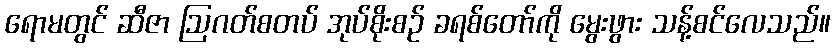
ရောမတွင် ဆီဇာ ဩဂတ်စတပ် အုပ်စိုးစဉ် ခရစ်တော်ကို မွေးဖွား သန့်စင်လေသည်။